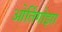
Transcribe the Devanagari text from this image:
ओर्तिगोझा